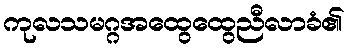
ကုလသမဂ္ဂအထွေထွေညီလာခံ၏